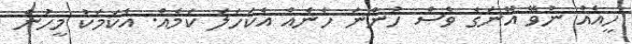
ހީއެއް ނުވޭ އޭނަގެ ވެސް ހުންނަ ހެނެއް އެކަހަލަ ކަމެއް. އެކަމަކު މީހުން